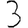
Digit: 3